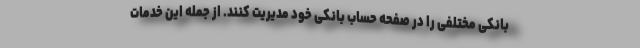
بانکی مختلفی را در صفحه حساب بانکی خود مدیریت کنند. از جمله این خدمات